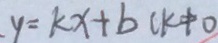
y = k x + b ( k \Phi o )